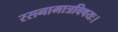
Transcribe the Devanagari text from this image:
रसनामात्रविषयः।